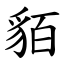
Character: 貊